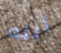
أبله